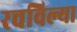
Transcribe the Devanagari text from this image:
रचविल्या